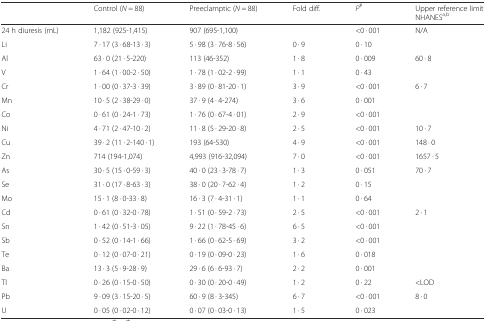
<table><thead><tr><td></td><td><b>Control (<i>N</i> = 88)</b></td><td><b>Preeclamptic (<i>N</i> = 88)</b></td><td><b>Fold diff.</b></td><td><b><i>P</i><sup>#</sup></b></td><td><b>Upper reference limit NHANES<sup>a,b</sup></b></td></tr></thead><tbody><tr><td>24 h diuresis (mL)</td><td>1,182 (925-1,415)</td><td>907 (695-1,100)</td><td></td><td>&lt;0 · 001</td><td>N/A</td></tr><tr><td>Li</td><td>7 · 17 (3 · 68-13 · 3)</td><td>5 · 98 (3 · 76-8 · 56)</td><td>0 · 9</td><td>0 · 10</td><td></td></tr><tr><td>Al</td><td>63 · 0 (21 · 5-220)</td><td>113 (46-352)</td><td>1 · 8</td><td>0 · 009</td><td>60 · 8</td></tr><tr><td>V</td><td>1 · 64 (1 · 00-2 · 50)</td><td>1 · 78 (1 · 02-2 · 99)</td><td>1 · 1</td><td>0 · 43</td><td></td></tr><tr><td>Cr</td><td>1 · 00 (0 · 37-3 · 39)</td><td>3 · 89 (0 · 81-20 · 1)</td><td>3 · 9</td><td>&lt;0 · 001</td><td>6 · 7</td></tr><tr><td>Mn</td><td>10 · 5 (2 · 38-29 · 0)</td><td>37 · 9 (4 · 4-274)</td><td>3 · 6</td><td>0 · 001</td><td></td></tr><tr><td>Co</td><td>0 · 61 (0 · 24-1 · 73)</td><td>1 · 76 (0 · 67-4 · 01)</td><td>2 · 9</td><td>&lt;0 · 001</td><td></td></tr><tr><td>Ni</td><td>4 · 71 (2 · 47-10 · 2)</td><td>11 · 8 (5 · 29-20 · 8)</td><td>2 · 5</td><td>&lt;0 · 001</td><td>10 · 7</td></tr><tr><td>Cu</td><td>39 · 2 (11 · 2-140 · 1)</td><td>193 (64-530)</td><td>4 · 9</td><td>&lt;0 · 001</td><td>148 · 0</td></tr><tr><td>Zn</td><td>714 (194-1,074)</td><td>4,993 (916-32,094)</td><td>7 · 0</td><td>&lt;0 · 001</td><td>1657 · 5</td></tr><tr><td>As</td><td>30 · 5 (15 · 0-59 · 3)</td><td>40 · 0 (23 · 3-78 · 7)</td><td>1 · 3</td><td>0 · 051</td><td>70 · 7</td></tr><tr><td>Se</td><td>31 · 0 (17 · 8-63 · 3)</td><td>38 · 0 (20 · 7-62 · 4)</td><td>1 · 2</td><td>0 · 15</td><td></td></tr><tr><td>Mo</td><td>15 · 1 (8 · 0-33 · 8)</td><td>16 · 3 (7 · 4-31 · 1)</td><td>1 · 1</td><td>0 · 64</td><td></td></tr><tr><td>Cd</td><td>0 · 61 (0 · 32-0 · 78)</td><td>1 · 51 (0 · 59-2 · 73)</td><td>2 · 5</td><td>&lt;0 · 001</td><td>2 · 1</td></tr><tr><td>Sn</td><td>1 · 42 (0 · 51-3 · 05)</td><td>9 · 22 (1 · 78-45 · 6)</td><td>6 · 5</td><td>&lt;0 · 001</td><td></td></tr><tr><td>Sb</td><td>0 · 52 (0 · 14-1 · 66)</td><td>1 · 66 (0 · 62-5 · 69)</td><td>3 · 2</td><td>&lt;0 · 001</td><td></td></tr><tr><td>Te</td><td>0 · 12 (0 · 07-0 · 21)</td><td>0 · 19 (0 · 09-0 · 23)</td><td>1 · 6</td><td>0 · 018</td><td></td></tr><tr><td>Ba</td><td>13 · 3 (5 · 9-28 · 9)</td><td>29 · 6 (6 · 6-93 · 7)</td><td>2 · 2</td><td>0 · 001</td><td></td></tr><tr><td>Tl</td><td>0 · 26 (0 · 15-0 · 50)</td><td>0 · 30 (0 · 20-0 · 49)</td><td>1 · 2</td><td>0 · 22</td><td>&lt;LOD</td></tr><tr><td>Pb</td><td>9 · 09 (3 · 15-20 · 5)</td><td>60 · 9 (8 · 3-345)</td><td>6 · 7</td><td>&lt;0 · 001</td><td>8 · 0</td></tr><tr><td>U</td><td>0 · 05 (0 · 02-0 · 12)</td><td>0 · 07 (0 · 03-0 · 13)</td><td>1 · 5</td><td>0 · 023</td><td></td></tr></tbody></table>